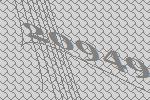
20949